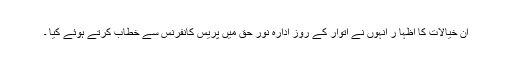
ان خیالات کا اظہا ر انہوں نے اتوار کے روز ادارہ نور حق میں پریس کانفرنس سے خطاب کرتے ہوئے کیا ۔